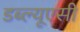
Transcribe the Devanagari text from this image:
डब्ल्यूएसी